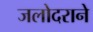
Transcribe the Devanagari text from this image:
जलोदराने